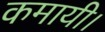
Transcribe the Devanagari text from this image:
कमायी।